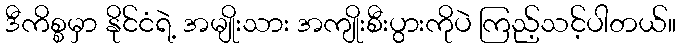
ဒီကိစ္စမှာ နိုင်ငံရဲ့ အမျိုးသား အကျိုးစီးပွားကိုပဲ ကြည့်သင့်ပါတယ်။